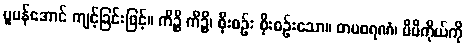
ပူပန်အောင် ကျင့်ခြင်းဖြင့်။ ကိဉ္စိ ကိဉ္စိ၊ စိုးစဉ်း စိုးစဉ်းသော။ တပစရဏံ၊ မိမိကိုယ်ကို